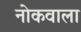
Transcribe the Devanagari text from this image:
नोकवाला